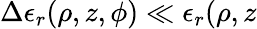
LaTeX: \Delta\epsilon_{r}(\rho,z,\phi)\ll\epsilon_{r}(\rho,z